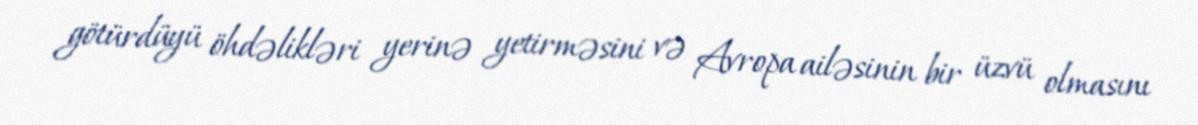
götürdüyü öhdəlikləri yerinə yetirməsini və Avropa ailəsinin bir üzvü olmasını